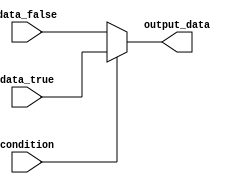
module if_else_statement (
    input condition,
    input [7:0] data_true,
    input [7:0] data_false,
    output reg [7:0] output_data
);

always @(condition) begin
    if (~condition) begin
        output_data = data_false;
    end else begin
        output_data = data_true;
    end
end

endmodule